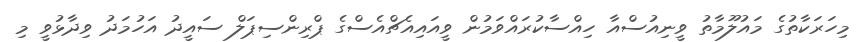
މިހަރަކާތުގެ މައުލޫމާތު ވީނިއުސްއާ ހިއްސާކުރައްވަމުން ވީއައިއެޗްއެސްގެ ޕްރިންސިޕަލް ސައީދު އަހުމަދު ވިދާޅުވީ މި